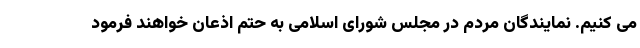
می کنیم. نمایندگان مردم در مجلس شورای اسلامی به حتم اذعان خواهند فرمود